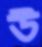
উ